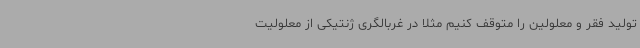
تولید فقر و معلولین را متوقف کنیم مثلاً در غربالگری ژنتیکی از معلولیت